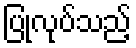
ပြုလုပ်သည့်